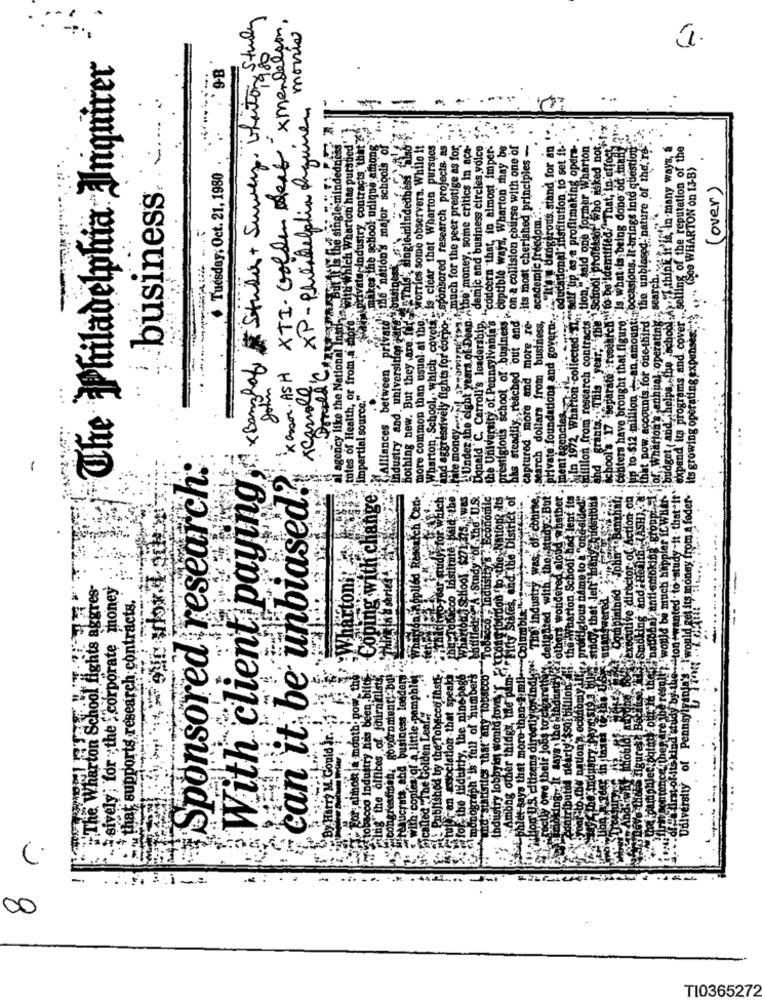
con Study
xanor. ASH XTI- Golden seat x mendelson,
XP- Philadelphia Requires moría
. ilutorado
The Philadelphia Inquirer
9B
.
..
"Aprivate industry contracts thit 264.
makes the school udique among"ve
Sothing new. But they are. for This', siogle idindedness "1 6
private foundations and govern ... .. It's didgerous, stand for an ".
ihd grants ; This year ,, the School Professor who asked not ...
Centers have brought that figure. is what is being done od maff
*Banghof, Situdes + Suwery. 1
Wharton has putsted""
private" the nation's major schools of
o-sponsored research projects as
much for the peer prestige as for."
dership ,, demic and business circles voice ."
captured more and more re- its most cherished principles -
Ilip to-$12 million -- an.amount :- occasions. It brings into question ..
that pow accounts for one-third ; the unbiased nature of the. res
ore common than usual af the: - wworries some observers. While It
is clear that Wharton pursues
Under the elght years of Dean. Athe money, some critics In aca-
the University of Pennsylvania's concern that, in almost imper.
prestigious school of business ; Ceptible ways, Wharton may be
"on a collision course with one of
educational institution to set it-
self'tip a e profitmaking opers.
million from research contracts tion," said one former Wharton
school's 17 'separate :research" to be'identified,"That, in effect
900:A)pi think it is, in-many ways, &
chpand its programs and cover , selling of the reputation of the
+ Tuesday, Oct. 21, 1980
its growing operating expenses .... .. .. (See WHARTON on 13-B)
business.
(over)
academic freedom ...
hich Wh
Tof Wharton's anhuzal, operating . search ....
tutes of Health, or from a chore -. un
and, universities jard " busin
barton School, . which covetsl
d aggressively fights for corpo-
In 1972. Wharton-collected: 34":"
ston+wanted . to study -it . that.I. "budget and helps, the School A)
Fate money. det arcomyy los
steadily , reached out and
search dollars from business,
il agency like the National Ir
Coping with chang ances between
John
Acamole
Donald C. Carroll's
`Impartial source.
iment ègencies ..
industry
Sponsored research:
With client paying
national antismoking group
can it be unbiased.
mihati ..
1. would be much hippler IC WHar
Applied Research Cen.
gudyy for which
d'the
375 ,- was
A Study of the .U.S.
Industry's : Economile"
, and the District of
was ;. of course,
theisstudy But
whether .
slept its
luigious name to _ "one -sided"
that left" many questions
of Action on
no' would not its money from a foder-
barton School Lad
cco Institute :p
don fto the Na
then wondered aloud
Ho School -$27
"Wharton':"
They industry.
deligated with
dirbet
The Wharton School fights aggres-
* sively; for the corporate money
& "andH
Columbia, "is
that supports research contracts.
Ch. they
would love to
ecuy pp indlow
that any Tobacco"
Coralhon a month. pow the
congressman, government; bd
: Published by the Tobacco Ihstf.
thidgs, the pam ..
tobacco industry has been blit
lng" the offices of journkuulstk
Asucrats and business lender
agf a, little -pamphlet"
lation that speak
y. the nine page
monograph is full of humber's
t more than 2 mil-
of Pennsylvania
called " The Golden Leaf ...
MUOn A. economy
first of its kind's
By Harry M. Could ir
othe
University
with copie
C.
-
00
TI0365272